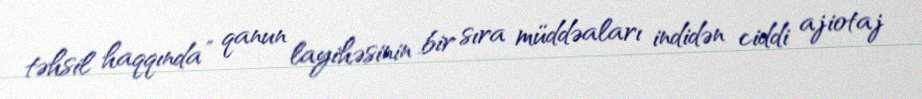
təhsil haqqında” qanun layihəsinin bir sıra müddəaları indidən ciddi ajiotaj